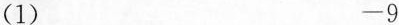
(1) -9